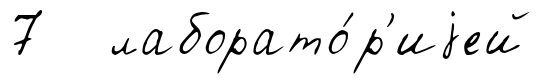
7 лаборато́р'иjей